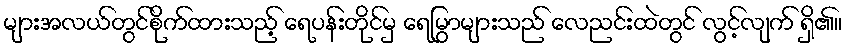
များအလယ်တွင်စိုက်ထားသည့် ရေပန်းတိုင်မှ ရေမြွာများသည် လေညင်းထဲတွင် လွင့်လျက် ရှိ၏။